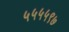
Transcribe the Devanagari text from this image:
५५५५९७